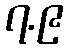
၇.၉